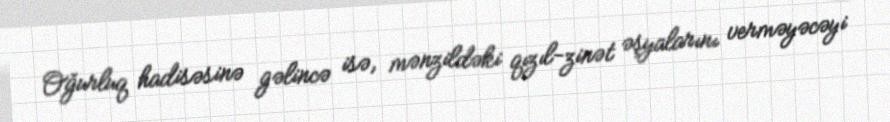
Oğurluq hadisəsinə gəlincə isə, mənzildəki qızıl-zinət əşyalarını verməyəcəyi